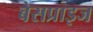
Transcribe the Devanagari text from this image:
बेसप्राइज